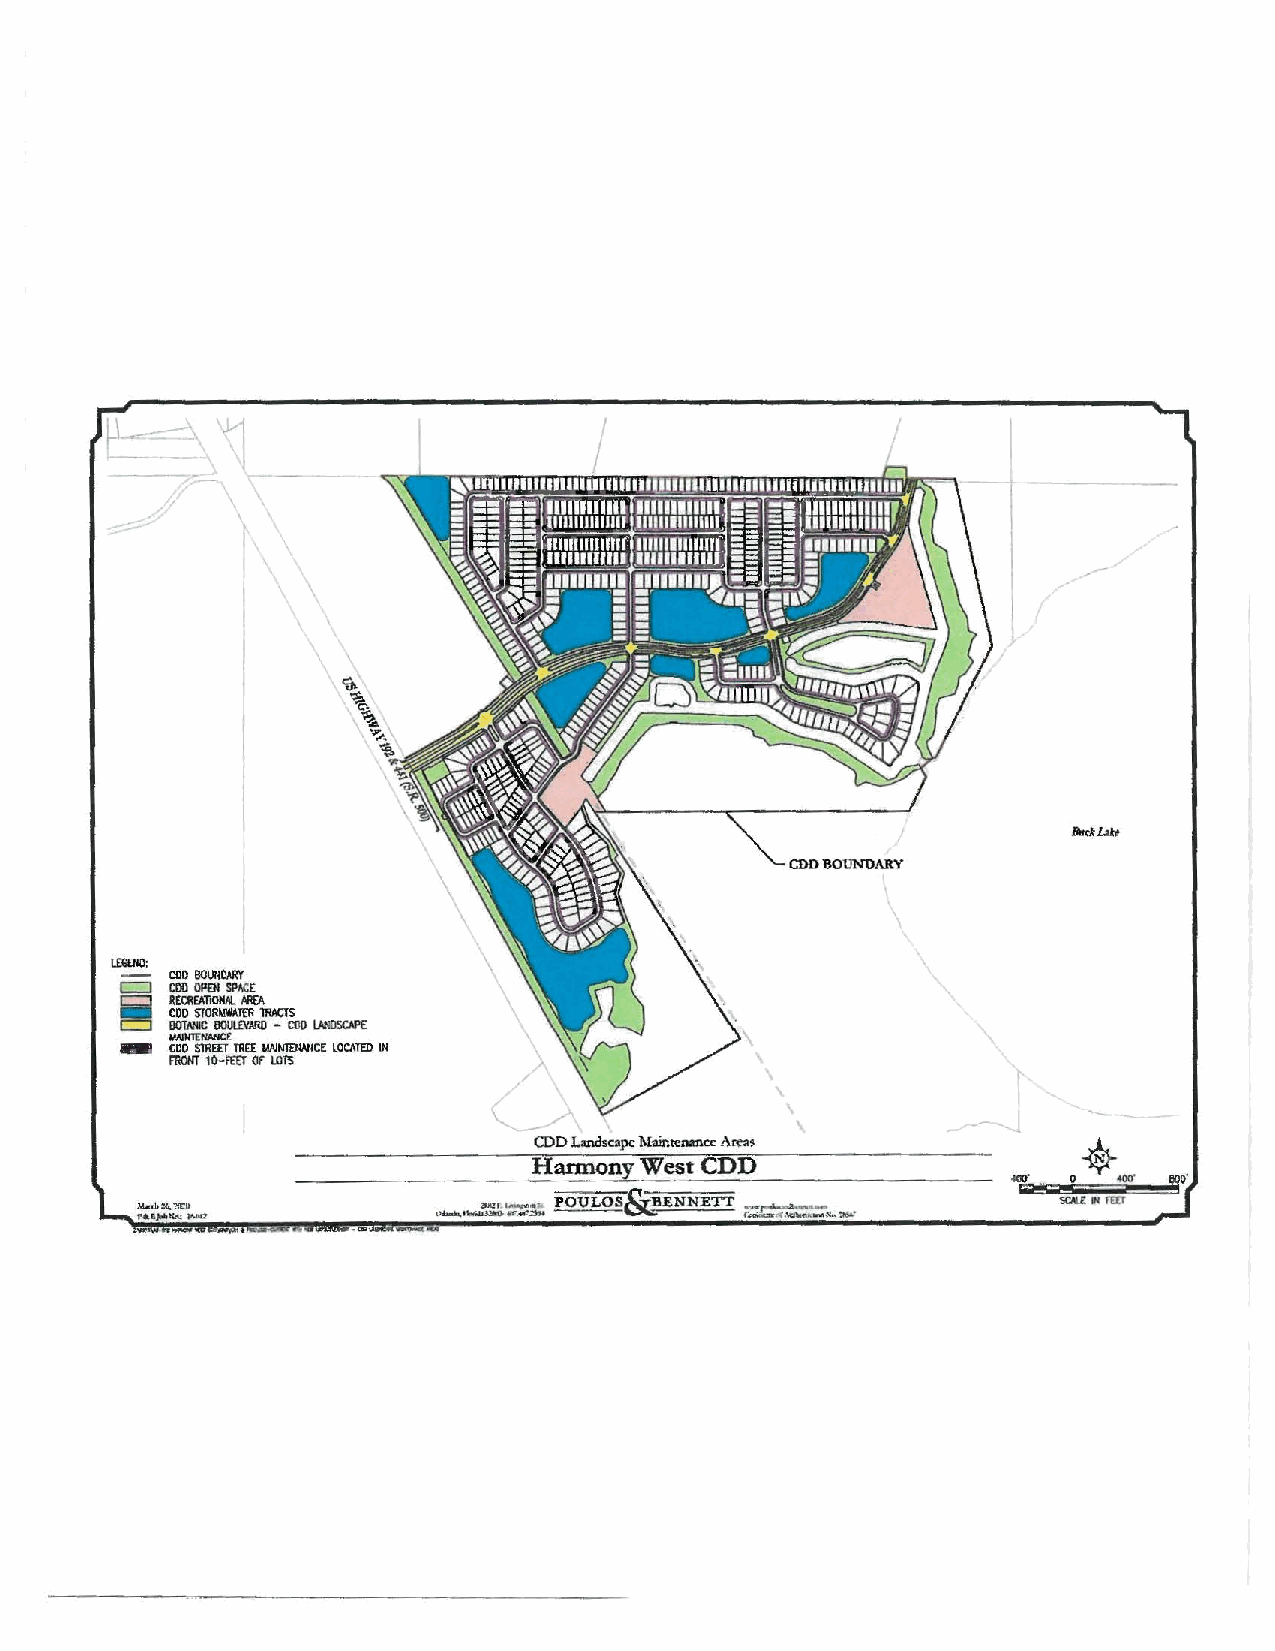
I
 CDO BOUNOAltY
 LEG£IIO:
 CDO BOUIIOAAY
 c=J COO OPOI SPAC(
 c::J RECl!fATIOIW. AREA
 -  COO STORMWAIDl lRACTS
 c=J BOTANIC 80W.VARD - COO LNiDSCAPE
 MA1Nl£NANCE
 ..i CDO SlllEET TllEE MNNmwlCE lOCIITEO Ill
 FRO/IT 10-FEET Of LOP.i
 \
 CDD Landsc•pe M'1intenancc A<eas
 Harmony West CDD
 800'
 SCALE .. Fm